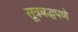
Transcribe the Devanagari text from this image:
सूत्रबद्धपणे